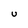
Character: U